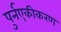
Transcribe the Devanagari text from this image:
पुर्नएकीकरण